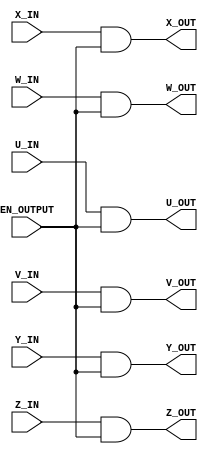
`default_nettype none

module GATEBLOCK (
    input wire U_IN,V_IN,W_IN,X_IN,Y_IN,Z_IN,
    input wire EN_OUTPUT,
    output wire U_OUT,V_OUT,W_OUT,X_OUT,Y_OUT,Z_OUT
);

assign U_OUT = U_IN & EN_OUTPUT;
assign V_OUT = V_IN & EN_OUTPUT;
assign W_OUT = W_IN & EN_OUTPUT;
assign X_OUT = X_IN & EN_OUTPUT;
assign Y_OUT = Y_IN & EN_OUTPUT;
assign Z_OUT = Z_IN & EN_OUTPUT;

endmodule

`default_nettype wire